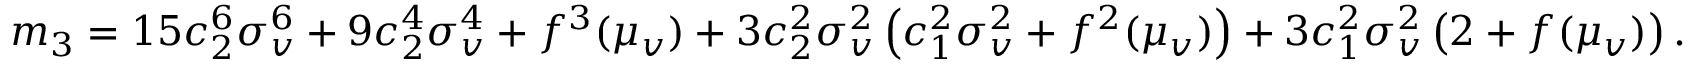
\begin{array} { r } { m _ { 3 } = 1 5 c _ { 2 } ^ { 6 } \sigma _ { v } ^ { 6 } + 9 c _ { 2 } ^ { 4 } \sigma _ { v } ^ { 4 } + f ^ { 3 } ( \mu _ { v } ) + 3 c _ { 2 } ^ { 2 } \sigma _ { v } ^ { 2 } \left( c _ { 1 } ^ { 2 } \sigma _ { v } ^ { 2 } + f ^ { 2 } ( \mu _ { v } ) \right) + 3 c _ { 1 } ^ { 2 } \sigma _ { v } ^ { 2 } \left( 2 + f ( \mu _ { v } ) \right) . } \end{array}